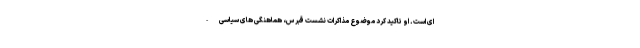
ای است. او تاکید کرد موضوع مذاکرات نشست قبرس، هماهنگی های سیاسی -